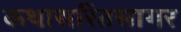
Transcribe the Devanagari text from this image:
कथासरितसागर